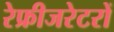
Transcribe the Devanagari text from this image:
रेफ्रीजरेटरों